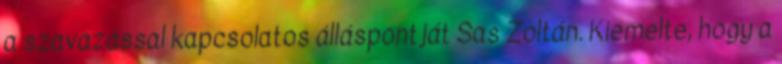
a szavazással kapcsolatos álláspontját Sas Zoltán. Kiemelte, hogy a